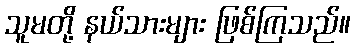
သူမတို့ နယ်သားများ ဖြစ်ကြသည်။